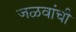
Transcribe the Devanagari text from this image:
जळवांची